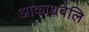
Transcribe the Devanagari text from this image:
आकाशबेलि